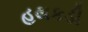
હથકડી